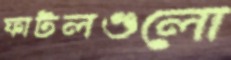
ফাটলগুলো